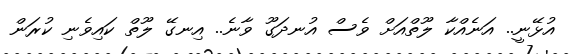
އުޅޭނީ.. އަނެއްކާ ލޫތްއަށް ވެސް އުނދަގޫ ވާނެ.. އިނގޭ ލޫތް ކައިވެނި ކުރަން